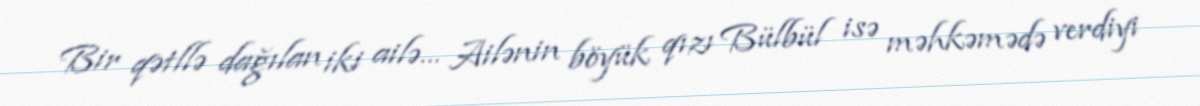
Bir qətllə dağılan iki ailə… Ailənin böyük qızı Bülbül isə məhkəmədə verdiyi